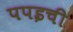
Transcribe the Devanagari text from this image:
पपइची